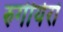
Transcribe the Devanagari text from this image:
रुगीयेरो